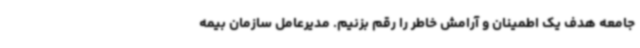
جامعه هدف یک اطمینان و آرامش خاطر را رقم بزنیم. مدیرعامل سازمان بیمه